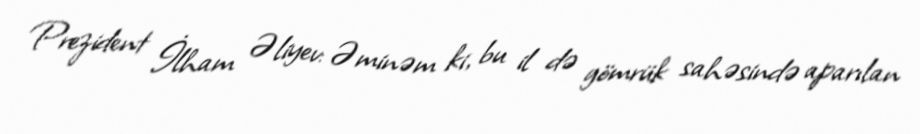
Prezident İlham Əliyev: Əminəm ki, bu il də gömrük sahəsində aparılan